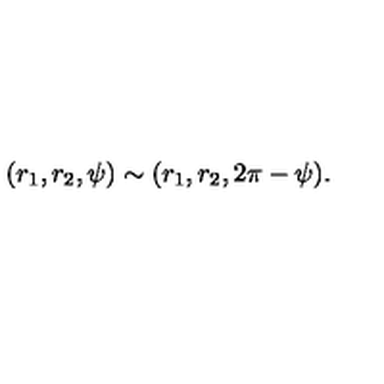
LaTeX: ( r _ { 1 } , r _ { 2 } , \psi ) \sim ( r _ { 1 } , r _ { 2 } , 2 \pi - \psi ) .